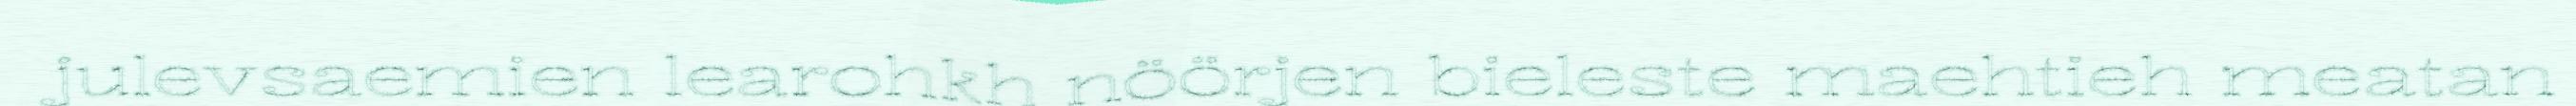
julevsaemien learohkh nöörjen bieleste maehtieh meatan